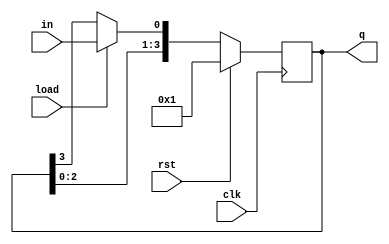
module ring_counter(clk,rst,load,in,q);

	input clk,rst,in,load;
	output reg[3:0]q;

	always@(posedge clk)
	begin
		if(rst)
			q<=4'b0001;
		else
			begin
				if(load)
					q<={q[2:0],in};
				else
					q<={q[2:0],q[3]};
			end
	end

endmodule